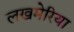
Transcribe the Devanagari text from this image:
लखमेरिया